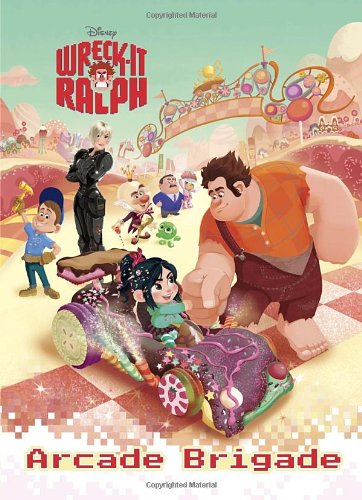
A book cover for Arcade Brigade (Disney Wreck-It Ralph) (Deluxe Coloring Book); Cynthia Hands; Children's Books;